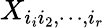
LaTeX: X_{i_{i}i_{2},\cdots,i_{r}}